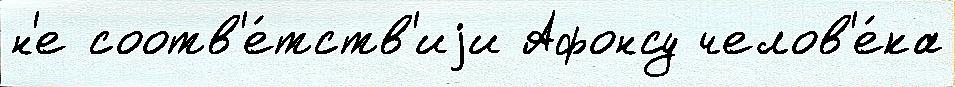
н'е соотв'е́тств'иjи Афонсу челов'е́ка